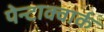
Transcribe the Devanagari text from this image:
पेन्टाक्वार्क